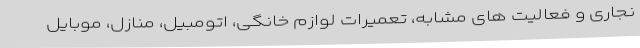
نجاری و فعالیت های مشابه، تعمیرات لوازم خانگی، اتومبیل، منازل، موبایل